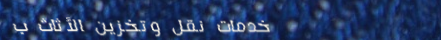
خدمات نقل وتخزين الأثاث ب